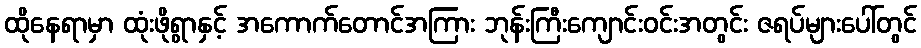
ထိုနေရာမှာ ထုံးဖိုရွာနှင့် အကောက်တောင်အကြား ဘုန်းကြီးကျောင်းဝင်းအတွင်း ဇရပ်များပေါ်တွင်